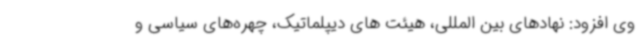
وی افزود: نهادهای بین المللی، هیئت های دیپلماتیک، چهره‌های سیاسی و